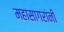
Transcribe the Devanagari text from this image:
महासागरांनी